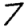
Digit: 7